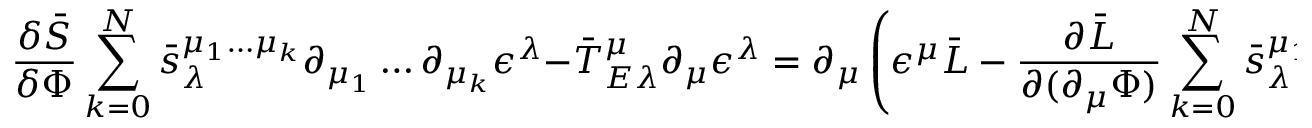
\frac { \delta \bar { S } } { \delta \Phi } \sum _ { k = 0 } ^ { N } \bar { s } _ { \lambda } ^ { \mu _ { 1 } \dots \mu _ { k } } \partial _ { \mu _ { 1 } } \dots \partial _ { \mu _ { k } } \epsilon ^ { \lambda } - \bar { T } _ { E \lambda } ^ { \mu } \partial _ { \mu } \epsilon ^ { \lambda } = \partial _ { \mu } \left( \epsilon ^ { \mu } \bar { { \cal L } } - \frac { \partial \bar { { \cal L } } } { \partial ( \partial _ { \mu } \Phi ) } \sum _ { k = 0 } ^ { N } \bar { s } _ { \lambda } ^ { \mu _ { 1 } \dots \mu _ { k } } \partial _ { \mu _ { 1 } } \dots \partial _ { \mu _ { k } } \epsilon ^ { \lambda } \right.